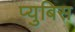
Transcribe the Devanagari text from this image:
प्युबिस